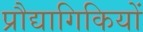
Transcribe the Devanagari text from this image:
प्रौद्यागिकियों